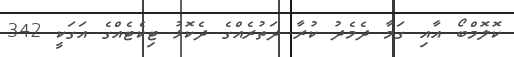
ކޮލޮމްބޯ އާއި ގަމާ ދެމެދު ކުރާ ދަތުރެއްގެ ދެކޮޅު ޓިކެޓެއްގެ އަގަކީ 342